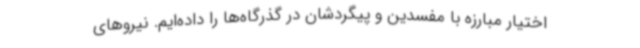
اختیار مبارزه با مفسدین و پیگردشان در گذرگاه‌ها را داده‌ایم. نیروهای